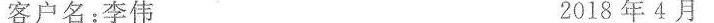
客户名：李伟 2018年4月